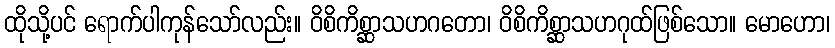
ထိုသို့ပင် ရောက်ပါကုန်သော်လည်း။ ဝိစိကိစ္ဆာသဟဂတော၊ ဝိစိကိစ္ဆာသဟဂုထ်ဖြစ်သော။ မောဟော၊